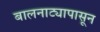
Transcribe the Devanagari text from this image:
बालनाट्यापासून